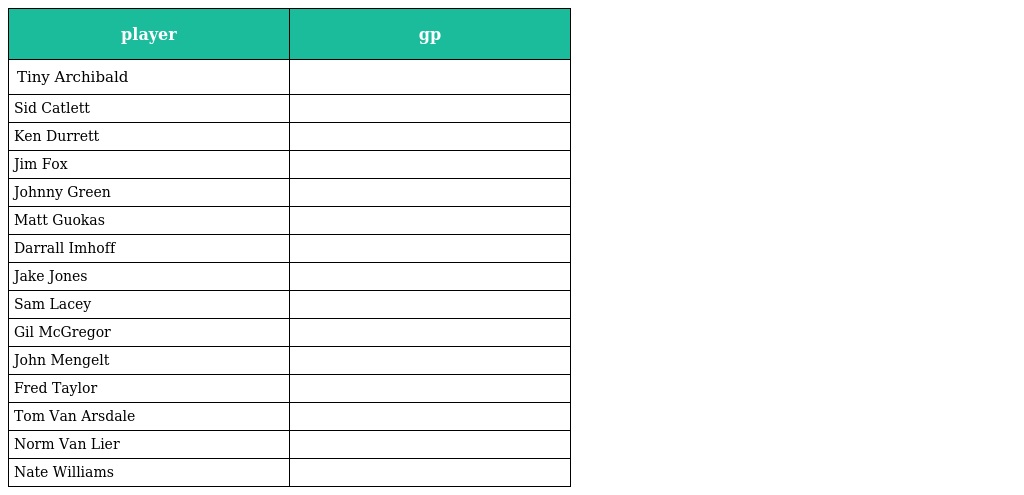
| player | gp |
 | --- | --- |
 | Tiny Archibald |  |
 | Sid Catlett |  |
 | Ken Durrett |  |
 | Jim Fox |  |
 | Johnny Green |  |
 | Matt Guokas |  |
 | Darrall Imhoff |  |
 | Jake Jones |  |
 | Sam Lacey |  |
 | Gil McGregor |  |
 | John Mengelt |  |
 | Fred Taylor |  |
 | Tom Van Arsdale |  |
 | Norm Van Lier |  |
 | Nate Williams |  |